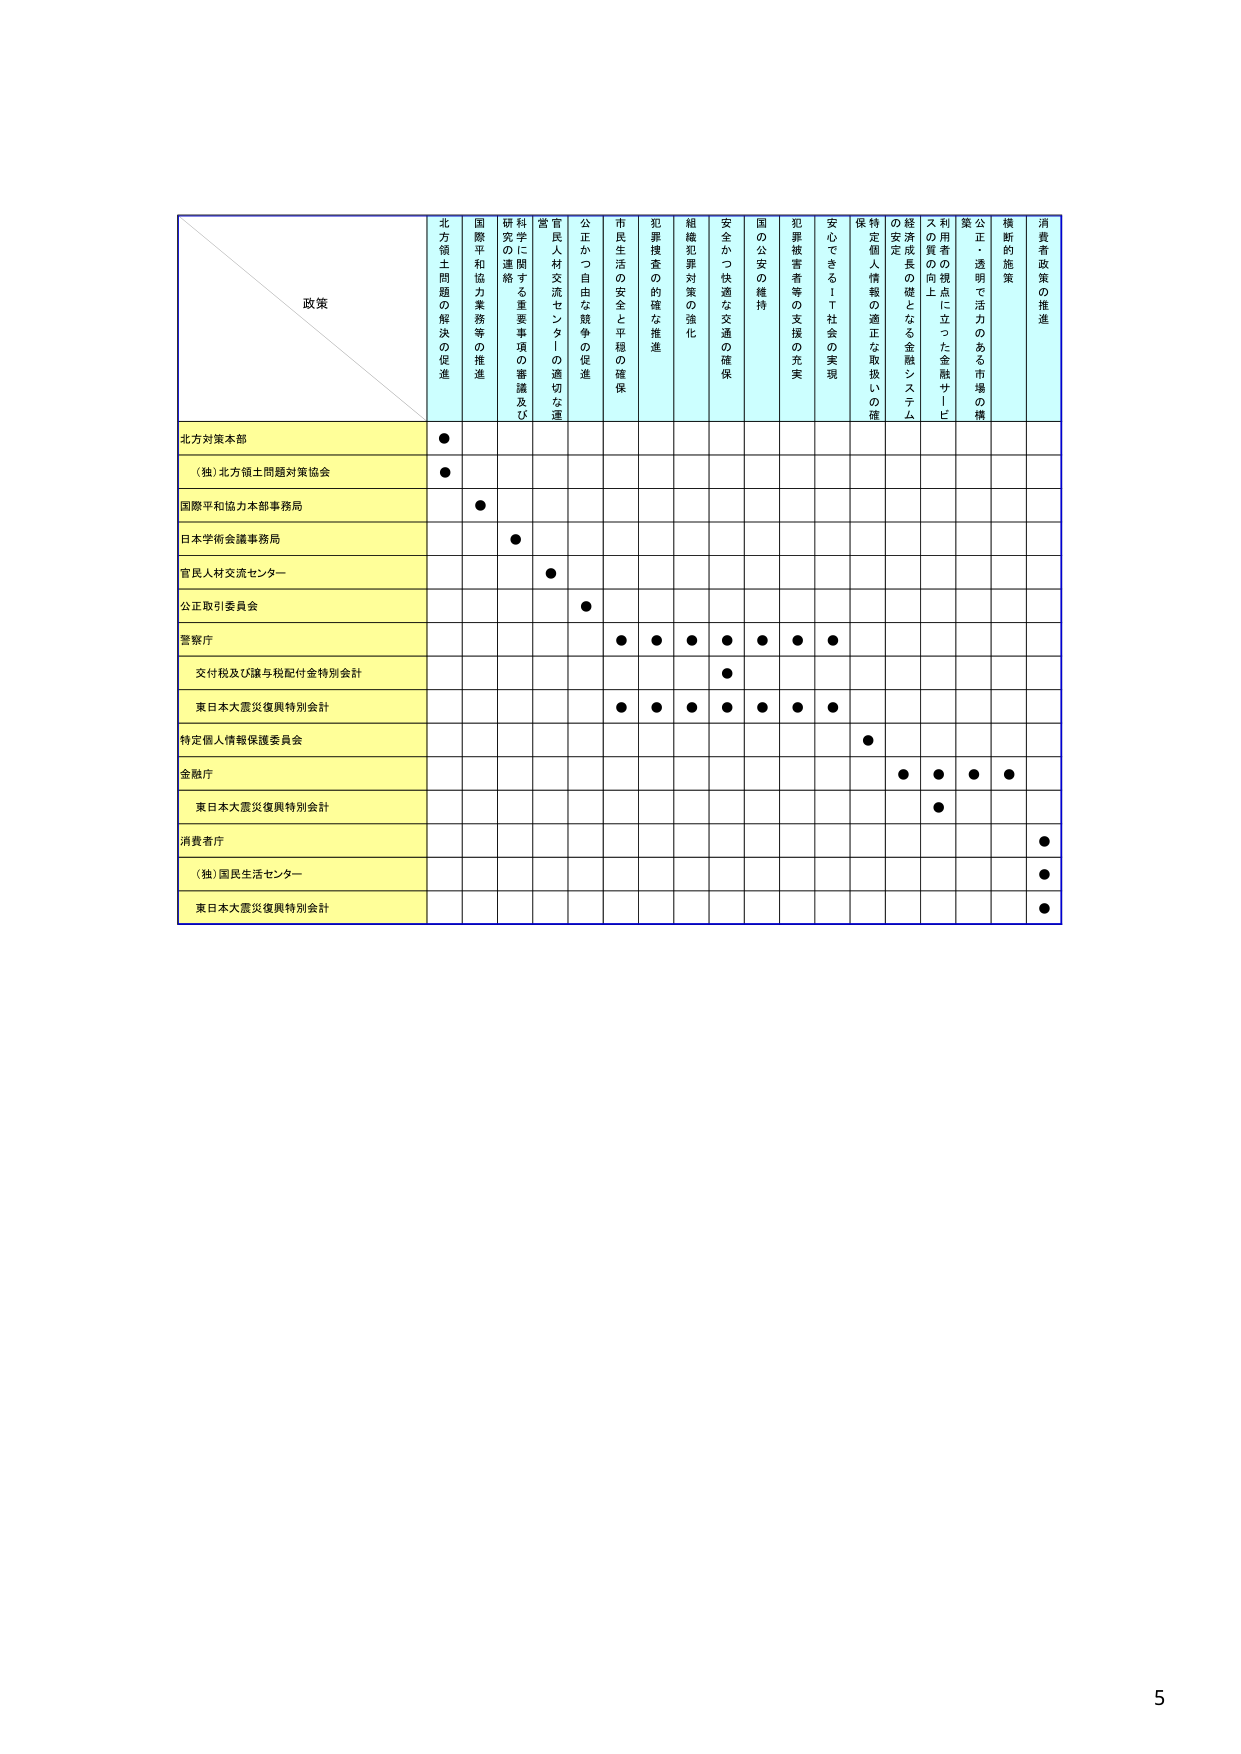
政策
北方領土問題の解決の促進
国際平和協力業務等の推進
科学に関する重要事項の審議及び研究の連絡
官民人材交流センターの適切な運営
公正かつ自由な競争の促進
市民生活の安全と平穏の確保
犯罪捜査の的確な推進
組織犯罪対策の強化
安全かつ快適な交通の確保
国の公安の維持
犯罪被害者等の支援の充実
安心できるＩＴ社会の実現
特定個人情報の適正な取扱いの確保
経済成長の礎となる金融システムの安定
利用者の視点に立った金融サービスの質の向上
公正・透明で活力のある市場の構築
横断的施策
消費者政策の推進
北方対策本部
●
（独）北方領土問題対策協会
●
国際平和協力本部事務局
●
日本学術会議事務局
●
官民人材交流センター
●
公正取引委員会
●
警察庁
●●●●●●●
交付税及び譲与税配付金特別会計
●
東日本大震災復興特別会計
●●●●●●●
特定個人情報保護委員会
●
金融庁
●●●●
東日本大震災復興特別会計
●
消費者庁
●
（独）国民生活センター
●
東日本大震災復興特別会計
●
5